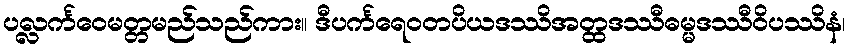
ပလ္လင်္ကဝေမတ္တမည်သည်ကား။ ဒီပင်္ကရေဝတပိယဒဿိအတ္ထဒဿီဓမ္မဒဿီဝိပဿိနံ၊